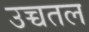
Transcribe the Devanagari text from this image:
उच्चतल